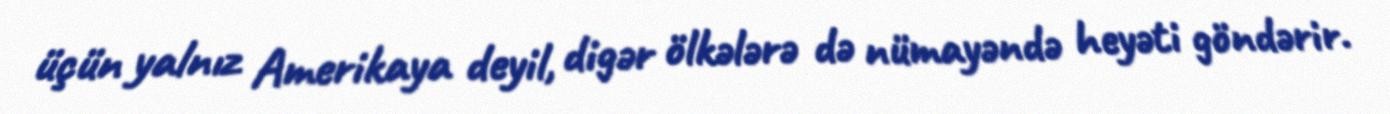
üçün yalnız Amerikaya deyil, digər ölkələrə də nümayəndə heyəti göndərir.